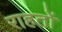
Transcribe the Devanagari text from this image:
राहतों